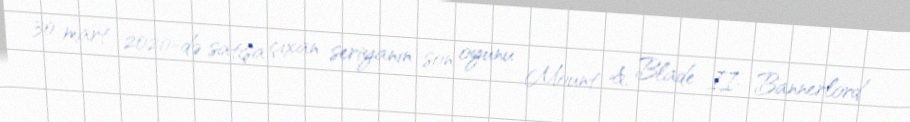
30 mart 2020-də satışa çıxan seriyanın son oyunu Mount & Blade II: Bannerlord